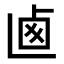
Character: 𠧱